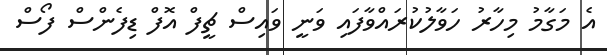
އެ މަގާމު މިހާރު ހަވާލުކުރައްވާފައި ވަނީ ވައިސް ޗީފް އޮފް ޑިފެންސް ފޯސް